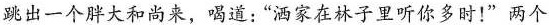
跳出一个胖大和尚来，喝道：“洒家在林子里听你多时！”两个